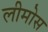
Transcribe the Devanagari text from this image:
लीमोस